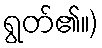
ရွတ်၏။)